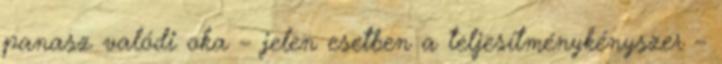
panasz valódi oka – jelen esetben a teljesítménykényszer –